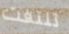
تلتفت